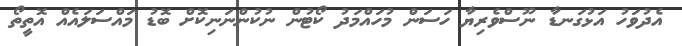
އެދުވަހު އަޅުގަނޑާ ނޫސްވެރިޔާ ހަސަން މުހައްމަދު ކޯޓުން ނުކުންނަނިކޮށް ބޮޑު މައްސަލައެއް އޮތީތޯ